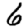
Digit: 6